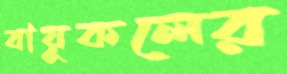
বায়ুকলের